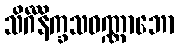
သိင်္ဂီနိက္ခသဝဏ္ဏာဘော